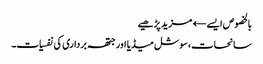
بالخصوص ایسے← مزید پڑھیے
سانحات، سوشل میڈیا اور جتھہ برداری کی نفسیات۔